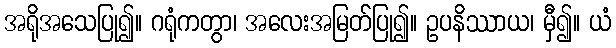
အရိုအသေပြု၍။ ဂရုံကတွာ၊ အလေးအမြတ်ပြု၍။ ဥပနိဿာယ၊ မှီ၍။ ယံ